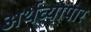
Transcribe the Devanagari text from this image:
अर्थव्यापार